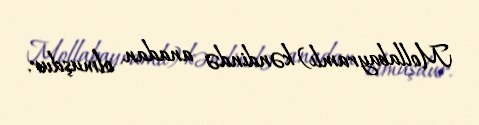
Mollabayramlı) kəndində anadan olmuşdur.